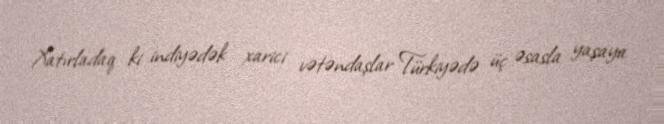
Xatırladaq ki indiyədək xarici vətəndaşlar Türkiyədə üç əsasla yaşaya